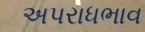
અપરાધભાવ